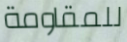
للمقاومة